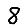
Digit: 8